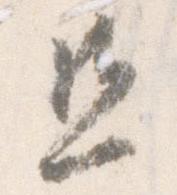
且